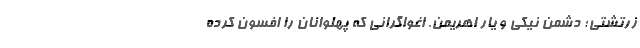
زرتشتی؛ دشمن نیکی و یار اهریمن. اغواگرانی که پهلوانان را افسون کرده